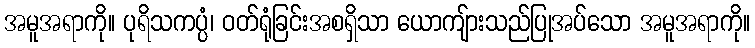
အမူအရာကို။ ပုရိသကပ္ပံ၊ ဝတ်ရုံခြင်းအစရှိသာ ယောကျ်ားသည်ပြုအပ်သော အမူအရာကို။